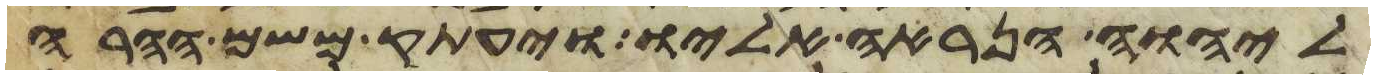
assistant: ליהוה הנראה אליו ויעתק משם ההרה